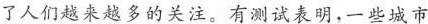
了人们越来越多的关注。有测试表明，一些城市